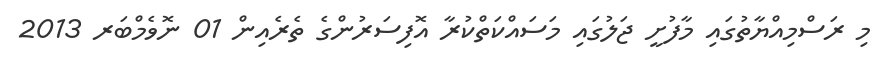
މި ރަސްމިއްޔާތުގައި މާފުށީ ޖަލުގައި މަސައްކަތްކުރާ އޮފިސަރުންގެ ތެރެއިން 01 ނޮވެމްބަރ 2013